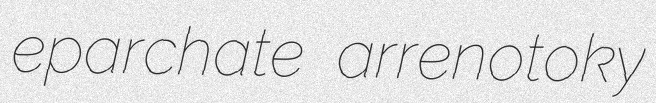
eparchate arrenotoky